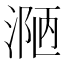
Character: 𪶾